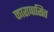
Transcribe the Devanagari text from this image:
कारावासित